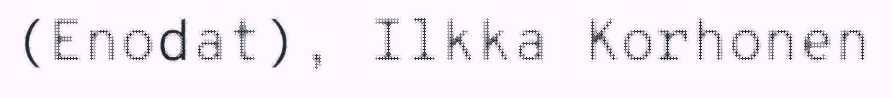
(Enodat), Ilkka Korhonen